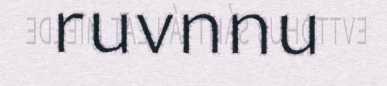
ruvnnu